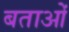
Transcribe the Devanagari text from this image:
बताओं